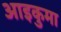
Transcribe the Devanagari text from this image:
आइकुमा